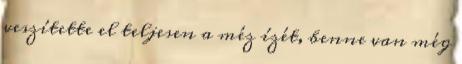
veszítette el teljesen a méz ízét, benne van még